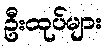
ဦးထုပ်များ